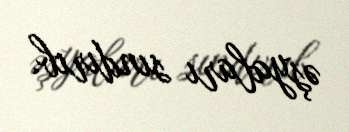
əşyaları sındırıb.